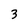
Character: 3